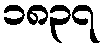
၁၈၃၇